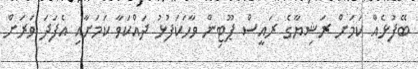
ބޭފުޅެއް ކަމަށް ރަޝިޔާގެ ރައީސް ޕޫޓިން ވާހަކަފުޅު ދައްކަވާ ކަމަށާއި އެފަދަ ވަރަށް